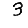
Digit: 3